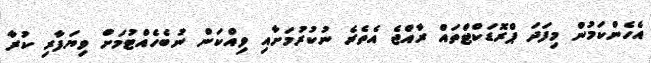
އެހެންކަމުން މިފަދަ ޕްރޮޑަކްޓްތައް ރާއްޖެ އެތެރެ ނުކުރުމަށާއި ވިއްކަން ނުބެހެއްޓުމަށް ވިޔަފާރި ކުރާ